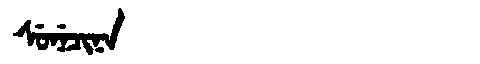
Manchu: ᠰᡠᠨᡝᠴᡳᠨᠠ
Romanization: SUNECINA